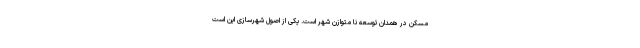
مسکن در همدان توسعه نا متوازن شهر است. یکی از اصول شهرسازی این است